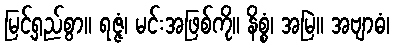
မြင့်ရှည်စွာ။ ရဇ္ဇံ၊ မင်းအဖြစ်ကို။ နိစ္စံ၊ အမြဲ။ အဗျာဓံ၊